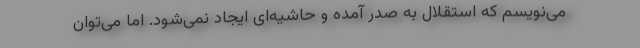
می‌نویسم که استقلال به صدر آمده و حاشیه‌ای ایجاد نمی‌شود. اما می‌توان